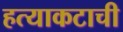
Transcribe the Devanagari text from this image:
हत्याकटाची